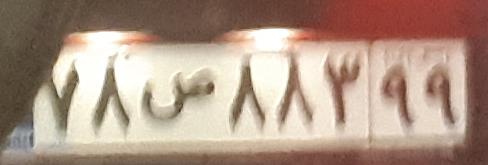
۷۸ص۸۸۳۹۹